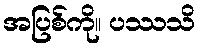
အပြစ်ကို။ ပဿသိ